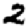
Digit: 2